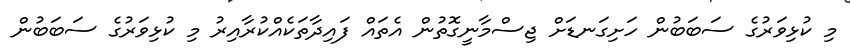
މި ކުޅިވަރުގެ ސަބަބުން ހަށިގަނޑަށް ޖިސްމާނީގޮތުން އެތައް ފައިދާތަކެއްކުރާއިރު މި ކުޅިވަރުގެ ސަބަބުން